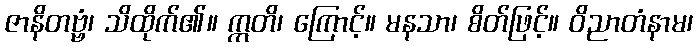
ဇာနိတဗ္ဗံ၊ သိထိုက်၏။ ဣတိ၊ ကြောင့်။ မနသာ၊ စိတ်ဖြင့်။ ဝိညာတံနာမ၊